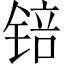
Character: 锫